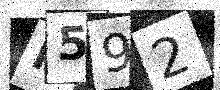
Text: N592